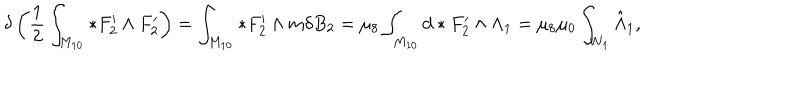
LaTeX: \delta \left( { \frac { 1 } { 2 } } \int _ { M _ { 1 0 } } * F _ { 2 } ^ { \prime } \wedge F _ { 2 } ^ { \prime } \right) = \int _ { M _ { 1 0 } } * F _ { 2 } ^ { \prime } \wedge m \delta B _ { 2 } = \mu _ { 8 } \int _ { M _ { 1 0 } } d * F _ { 2 } ^ { \prime } \wedge \Lambda _ { 1 } = \mu _ { 8 } \mu _ { 0 } \int _ { W _ { 1 } } \hat { \Lambda } _ { 1 } ,